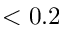
< 0 . 2